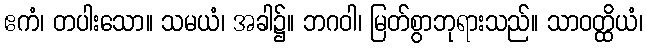
ဧကံ၊ တပါးသော။ သမယံ၊ အခါ၌။ ဘဂဝါ၊ မြတ်စွာဘုရားသည်။ သာဝတ္ထိယံ၊